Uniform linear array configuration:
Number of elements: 64
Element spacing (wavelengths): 0.25
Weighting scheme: uniform
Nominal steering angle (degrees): -15
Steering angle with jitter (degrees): -16.361
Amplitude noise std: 0.05
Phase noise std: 0.05

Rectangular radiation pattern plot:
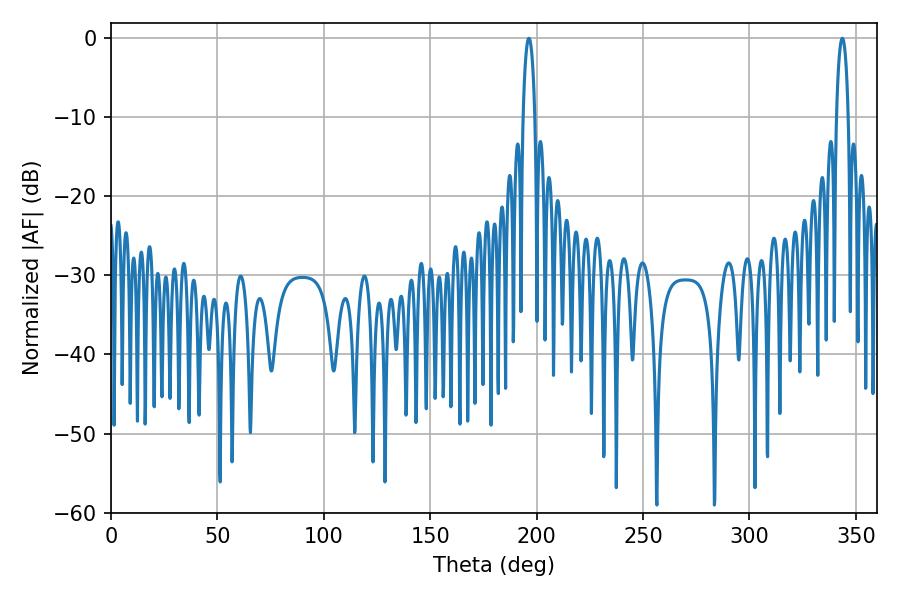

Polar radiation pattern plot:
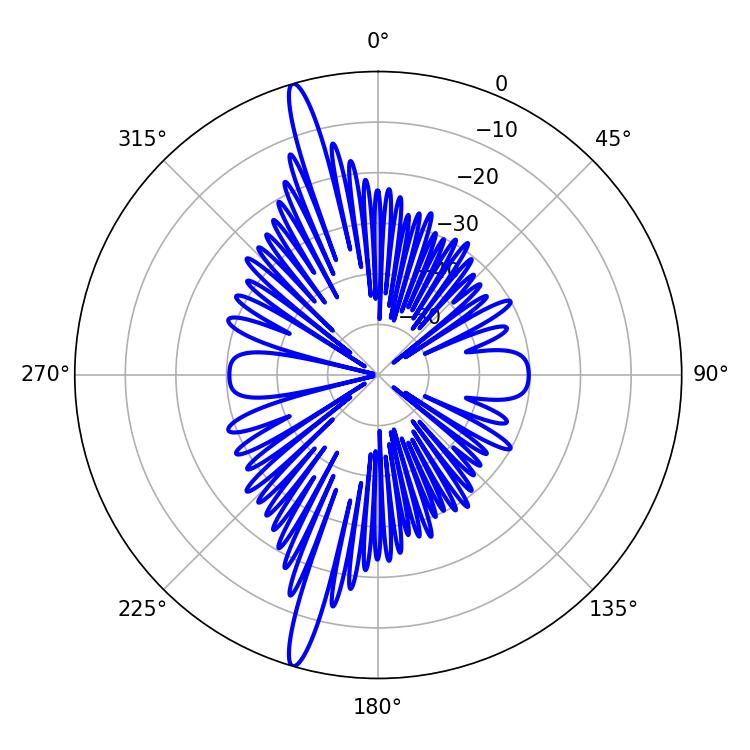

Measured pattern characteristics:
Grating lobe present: FALSE
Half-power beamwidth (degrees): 3.24
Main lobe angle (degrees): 196.38